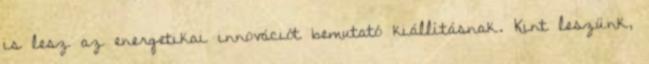
is lesz az energetikai innovációt bemutató kiállításnak. Kint leszünk,